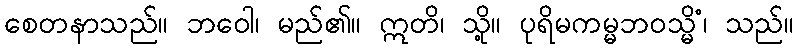
စေတနာသည်။ ဘဝေါ၊ မည်၏။ ဣတိ၊ သို့။ ပုရိမကမ္မဘဝသ္မိံ၊ သည်။